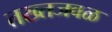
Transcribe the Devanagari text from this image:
तख्तजवळ